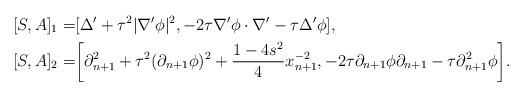
LaTeX: \begin{align*}[S,A]_{1}= & [\Delta'+\tau^{2}|\nabla'\phi|^{2},-2\tau\nabla'\phi\cdot\nabla'-\tau\Delta'\phi],\\{}[S,A]_{2}= & \bigg[\partial_{n+1}^{2}+\tau^{2}(\partial_{n+1}\phi)^{2}+\frac{1-4s^{2}}{4}x_{n+1}^{-2},-2\tau\partial_{n+1}\phi\partial_{n+1}-\tau\partial_{n+1}^{2}\phi\bigg].\end{align*}